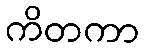
ကိတကာ